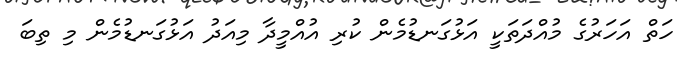
ހަތް އަހަރުގެ މުއްދަތަކީ އަޅުގަނޑުމެން ކުރި އުއްމީދާ މިއަދު އަޅުގަނޑުމެން މި ތިބަ